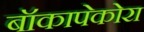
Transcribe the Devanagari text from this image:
बॉकापेकोरा